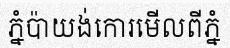
ភ្នំប៉ាយង់កោរមើលពីភ្នំ